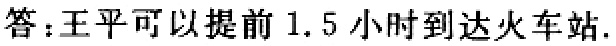
答：王平可以提前 1.5 小时到达火车站.